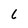
Character: 6